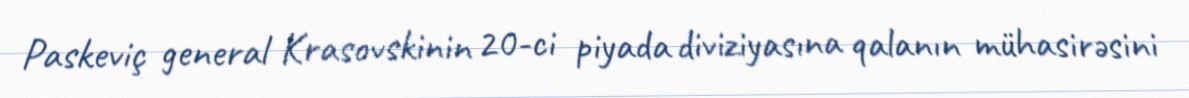
Paskeviç general Krasovskinin 20-ci piyada diviziyasına qalanın mühasirəsini